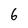
Character: 6